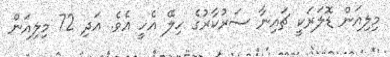
މިލިއަން ޑޮލަރަކީ ޗައިނާ ސަރުކާރުގެ ހިލޭ އެހީ އެވެ. އަދި 72 މިލިއަން